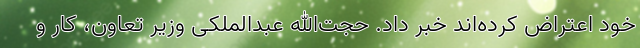
خود اعتراض کرده‌اند خبر داد. حجت‌الله عبدالملکی وزیر تعاون، کار و